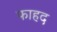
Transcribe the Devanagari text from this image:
फाहद